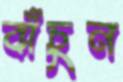
বাঁচুন